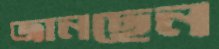
জানছেন